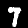
Label: 7